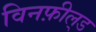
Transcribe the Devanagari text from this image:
विनफ़ील्‌ड